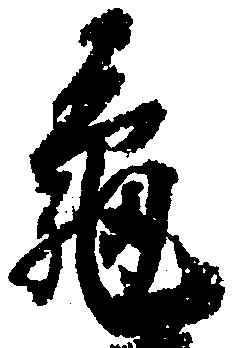
亀